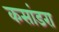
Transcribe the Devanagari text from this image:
कसांडरा